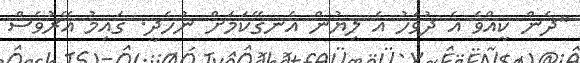
"ދެން ކީއްވެ އެ ދުވަހު އެ ލިޔުން އެނގޭކަމަށް ނުހެދީ. ގައިމު އޭރުވެސް